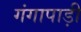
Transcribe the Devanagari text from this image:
गंगापाड़ी